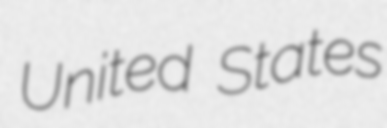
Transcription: United States